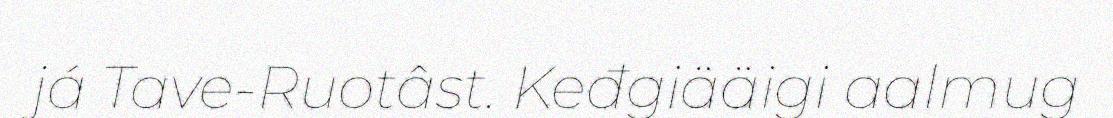
já Tave-Ruotâst. Keđgiääigi aalmug